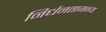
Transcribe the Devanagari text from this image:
निर्धनताजन्य